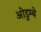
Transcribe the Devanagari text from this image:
ओडुम्बे